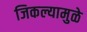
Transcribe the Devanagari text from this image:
जिकल्यामुळे